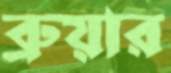
ব্রুয়ার